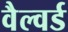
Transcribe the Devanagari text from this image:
वैल्वर्ड